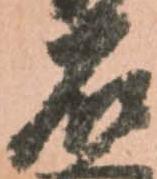
石